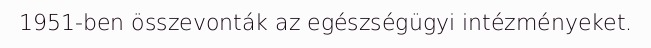
1951-ben összevonták az egészségügyi intézményeket.